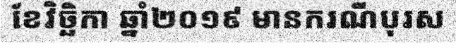
ខែវិច្ឆិកា ឆ្នាំ២០១៩ មានករណីបុរស